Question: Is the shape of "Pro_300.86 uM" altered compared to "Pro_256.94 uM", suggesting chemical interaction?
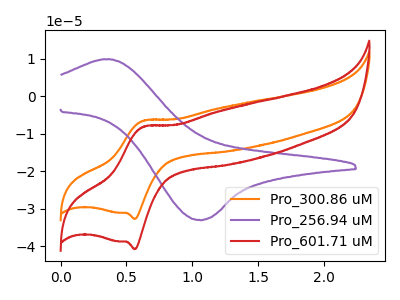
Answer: <think>The orange curve "Pro_300.86 uM" has an anodic peak at (0.65V, -6.55uA) and a cathodic peak at (0.55V, -32.80uA). The purple curve "Pro_256.94 uM" has an anodic peak at (0.40V, 9.85uA) and a cathodic peak at (1.05V, -33.10uA). The red curve "Pro_601.71 uM" has an anodic peak at (0.65V, -8.15uA) and a cathodic peak at (0.55V, -40.85uA).
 "Pro_300.86 uM" and "Pro_256.94 uM" have at least one peak that do not match.</think>
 <answer>Yes, "Pro_300.86 uM" and "Pro_256.94 uM" are different in shape.</answer>
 <eval>yes_change</eval>